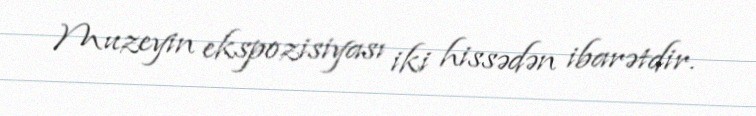
Muzeyin ekspozisiyası iki hissədən ibarətdir.